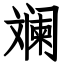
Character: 斓